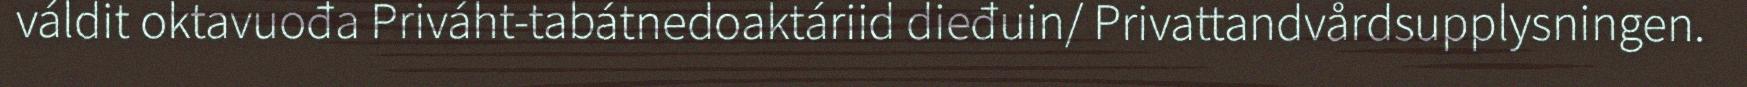
váldit oktavuođa Priváht-tabátnedoaktáriid dieđuin/ Privattandvårdsupplysningen.